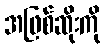
အဖြစ်ဆိုးကို